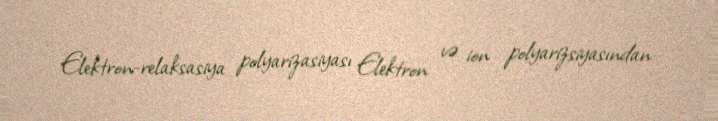
Elektron-relaksasiya polyarizasiyası Elektron və ion polyarizsiyasından